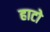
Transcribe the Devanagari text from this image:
हाटो